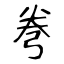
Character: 弮